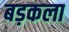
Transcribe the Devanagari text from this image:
बड़कला